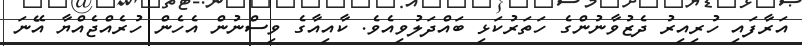
އަރާފައި ހުރިއިރު ދެޒުވާނުންގެ ހަތަރުކަޅި ބައްދަލުވިއެވެ. ކާއިއާގެ ވިސްނުން އެހެން ހުރެއްޖެއްޔާ އޭނަ